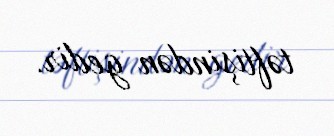
təftişindən gedir.